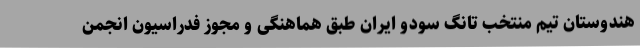
هندوستان تیم منتخب تانگ سودو ایران طبق هماهنگی و مجوز فدراسیون انجمن